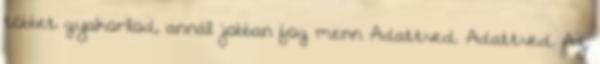
többet gyakorlod, annál jobban fog menn Adattved. Adattved. Az